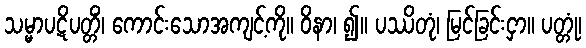
သမ္မာပဋိပတ္တိံ၊ ကောင်းသောအကျင့်ကို။ ဝိနာ၊ ၍။ ပဿိတုံ၊ မြင်ခြင်းငှာ။ ပတ္တုံ၊